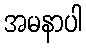
အမနာပါ